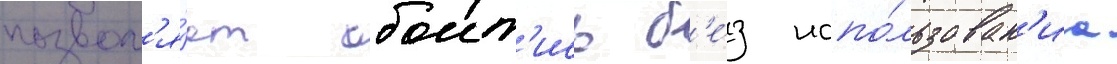
позвол'я́ет обоит'ись б'е́з испо́льзован'иа